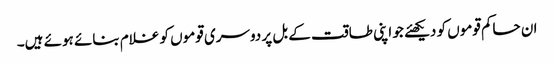
ان حاکم قوموں کو دیکھئے جو اپنی طاقت کے بل پر دوسری قوموں کو غلام بنائے ہوئے ہیں۔